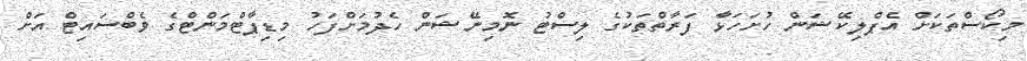
މިކޯސްތަކަށް އެޕްލިކޭޝަން ހުށަހަޅާ ފަރާތްތަކުގެ ލިސްޓު ނޮމިނޭޝަން ހެދުމަށްފަހު މިޑިޕާޓްމަންޓްގެ ވެބްސައިޓް އަށް